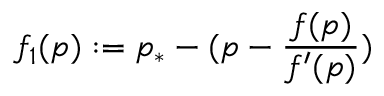
f _ { 1 } ( p ) : = p _ { * } - ( p - \frac { f ( p ) } { f ^ { \prime } ( p ) } )